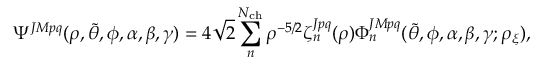
\Psi ^ { J M p q } ( \rho , \Tilde { \theta } , \phi , \alpha , \beta , \gamma ) = 4 \sqrt { 2 } \sum _ { n } ^ { N _ { \mathrm { c h } } } \rho ^ { - 5 / 2 } \zeta _ { n } ^ { J p q } ( \rho ) \Phi _ { n } ^ { J M p q } ( \Tilde { \theta } , \phi , \alpha , \beta , \gamma ; \rho _ { \xi } ) ,